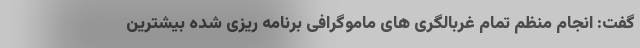
گفت: انجام منظم تمام غربالگری های ماموگرافی برنامه ریزی شده بیشترین